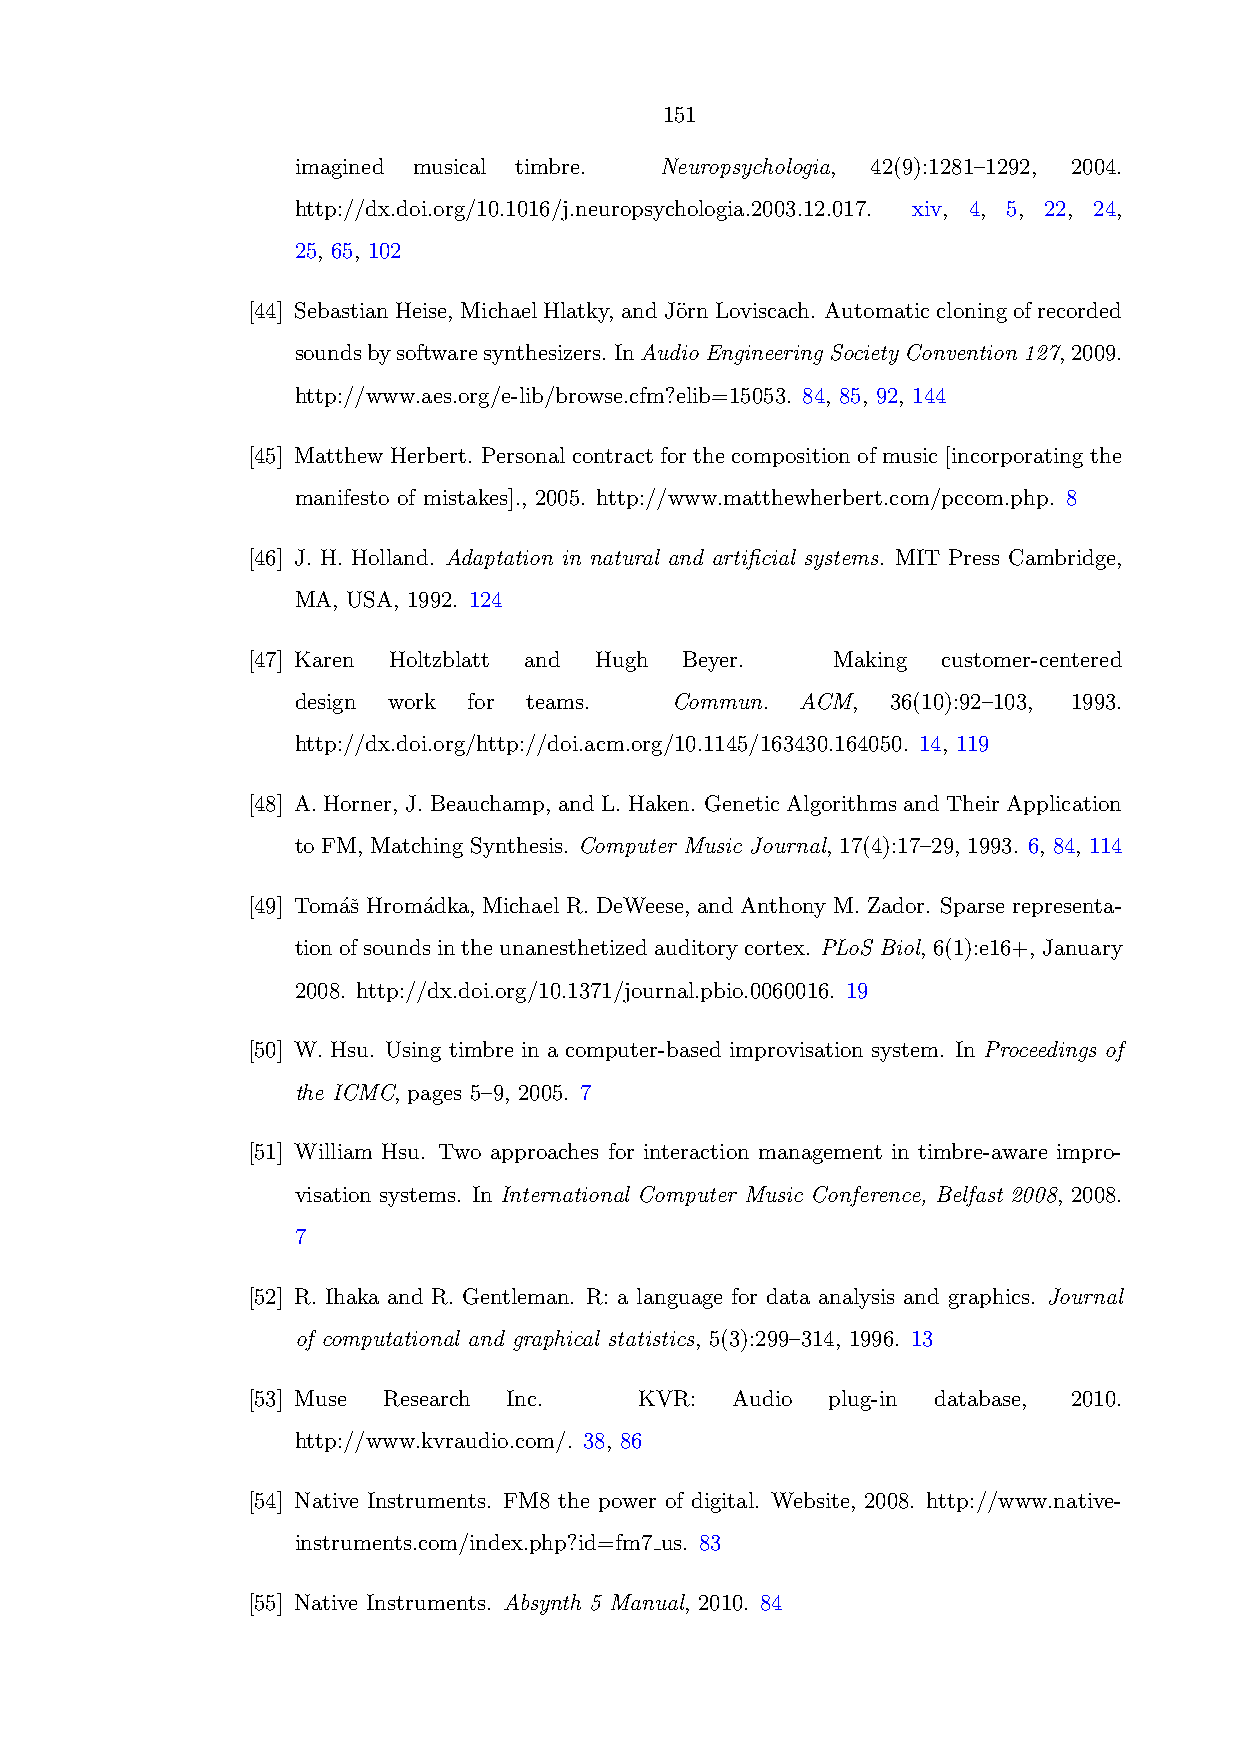
151
 imagined musical timbre. Neuropsychologia, 42(9):1281–1292, 2004.
 http://dx.doi.org/10.1016/j.neuropsychologia.2003.12.017. xiv, 4, 5, 22, 24,
 25, 65, 102
 [44] SebastianHeise, MichaelHlatky, andJ¨ornLoviscach. Automaticcloningofrecorded
 soundsbysoftwaresynthesizers. InAudioEngineeringSocietyConvention127,2009.
 http://www.aes.org/e-lib/browse.cfm?elib=15053. 84, 85, 92, 144
 [45] Matthew Herbert. Personal contract for the composition of music [incorporating the
 manifesto of mistakes]., 2005. http://www.matthewherbert.com/pccom.php. 8
 [46] J. H. Holland. Adaptation in natural and artificial systems. MIT Press Cambridge,
 MA, USA, 1992. 124
 [47] Karen Holtzblatt and Hugh Beyer.  Making customer-centered
 design work for teams.   Commun.  ACM,  36(10):92–103, 1993.
 http://dx.doi.org/http://doi.acm.org/10.1145/163430.164050. 14, 119
 [48] A.Horner, J.Beauchamp, andL.Haken. GeneticAlgorithmsandTheirApplication
 to FM, Matching Synthesis. Computer Music Journal, 17(4):17–29, 1993. 6, 84, 114
 [49] Tom´aˇs Hrom´adka, Michael R. DeWeese, and Anthony M. Zador. Sparse representa-
 tionofsoundsintheunanesthetizedauditorycortex. PLoS Biol, 6(1):e16+, January
 2008. http://dx.doi.org/10.1371/journal.pbio.0060016. 19
 [50] W. Hsu. Using timbre in a computer-based improvisation system. In Proceedings of
 the ICMC, pages 5–9, 2005. 7
 [51] William Hsu. Two approaches for interaction management in timbre-aware impro-
 visation systems. In International Computer Music Conference, Belfast 2008, 2008.
 7
 [52] R. Ihaka and R. Gentleman. R: a language for data analysis and graphics. Journal
 of computational and graphical statistics, 5(3):299–314, 1996. 13
 [53] Muse Research Inc.   KVR:  Audio  plug-in database, 2010.
 http://www.kvraudio.com/. 38, 86
 [54] Native Instruments. FM8 the power of digital. Website, 2008. http://www.native-
 instruments.com/index.php?id=fm7 us. 83
 [55] Native Instruments. Absynth 5 Manual, 2010. 84